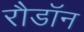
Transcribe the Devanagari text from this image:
रौडॉन